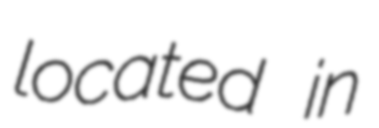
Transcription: located in